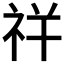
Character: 𰧵